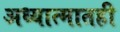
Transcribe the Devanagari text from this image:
अध्यात्मातही